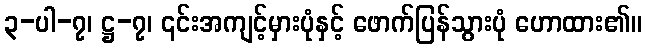
၃-ပါ-၇၊ ဋ္ဌ-၇၊ ၎င်းအကျင့်မှားပုံနှင့် ဖောက်ပြန်သွားပုံ ဟောထား၏။